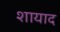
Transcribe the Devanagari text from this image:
शायाद